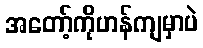
အတော့်ကိုဟန်ကျမှာပဲ